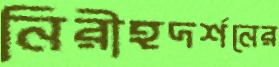
নিরীহদর্শনের